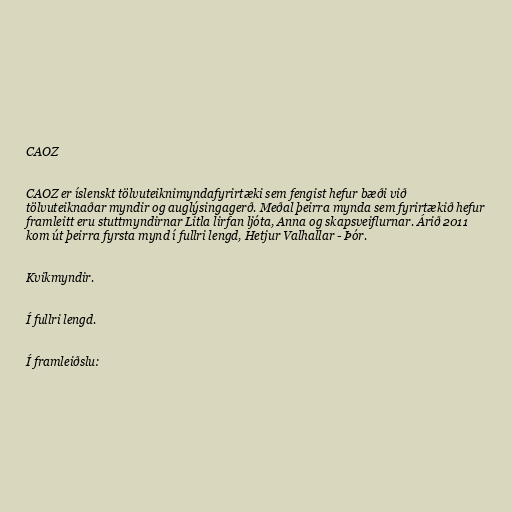
CAOZ

CAOZ er íslenskt tölvuteiknimyndafyrirtæki sem fengist hefur bæði við
tölvuteiknaðar myndir og auglýsingagerð. Meðal þeirra mynda sem fyrirtækið hefur
framleitt eru stuttmyndirnar Litla lirfan ljóta, Anna og skapsveiflurnar. Árið 2011
kom út þeirra fyrsta mynd í fullri lengd, Hetjur Valhallar - Þór.

Kvikmyndir.

Í fullri lengd.

Í framleiðslu: